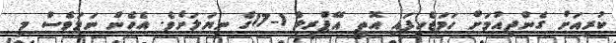
ކުރިއަށް ގެންދިއުމަށް ހަމަޖެހިފައި އޮތީ އޭޕްރީލް 1-17ގެ ނިޔަލަށެވެ. އެހެން ނަމަވެސް މި